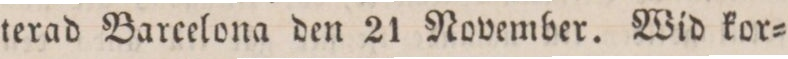
terad Barcelona den 21 November. Wid kor=